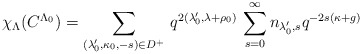
\begin{align*}\chi_\Lambda(C^{\Lambda_0})=\sum_{(\lambda_0',\kappa_0,-s)\in D^+}\,q^{2(\lambda_0',\lambda+\rho_0)}\,\sum_{s=0}^\infty n_{\lambda_0',s}q^{-2s(\kappa+g)}\end{align*}